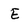
Character: E